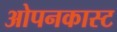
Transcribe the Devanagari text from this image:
ओपनकास्ट